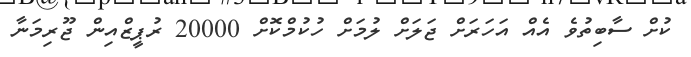
ކުށް ސާބިތުވެ އެއް އަހަރަށް ޖަލަށް ލުމަށް ހުކުމްކޮށް 20000 ރުޕީޒްއިން ޖޫރިމަނާ